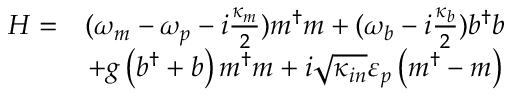
\begin{array} { c c } { H = } & { ( \omega _ { m } - \omega _ { p } - i \frac { \kappa _ { m } } { 2 } ) m ^ { \dagger } m + ( \omega _ { b } - i \frac { \kappa _ { b } } { 2 } ) b ^ { \dagger } b } \\ & { + g \left( b ^ { \dagger } + b \right) m ^ { \dagger } m + i \sqrt { \kappa _ { i n } } \varepsilon _ { p } \left( m ^ { \dagger } - m \right) } \end{array}